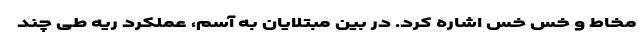
مخاط و خس خس اشاره کرد. در بین مبتلایان به آسم، عملکرد ریه طی چند